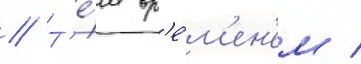
// Т'е́м вр'е́м'ен'ем /